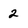
Character: 2